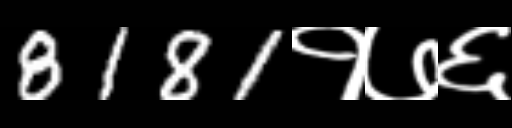
Text: 8181१७६